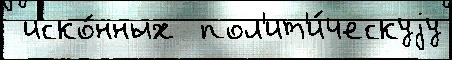
 иско́нных  пол'ит'и́ческуjу